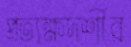
প্রত্যক্ষদর্শীর